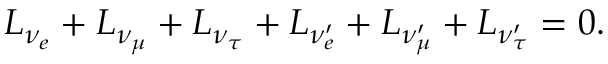
L _ { \nu _ { e } } + L _ { \nu _ { \mu } } + L _ { \nu _ { \tau } } + L _ { \nu _ { e } ^ { \prime } } + L _ { \nu _ { \mu } ^ { \prime } } + L _ { \nu _ { \tau } ^ { \prime } } = 0 .